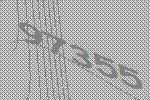
97355